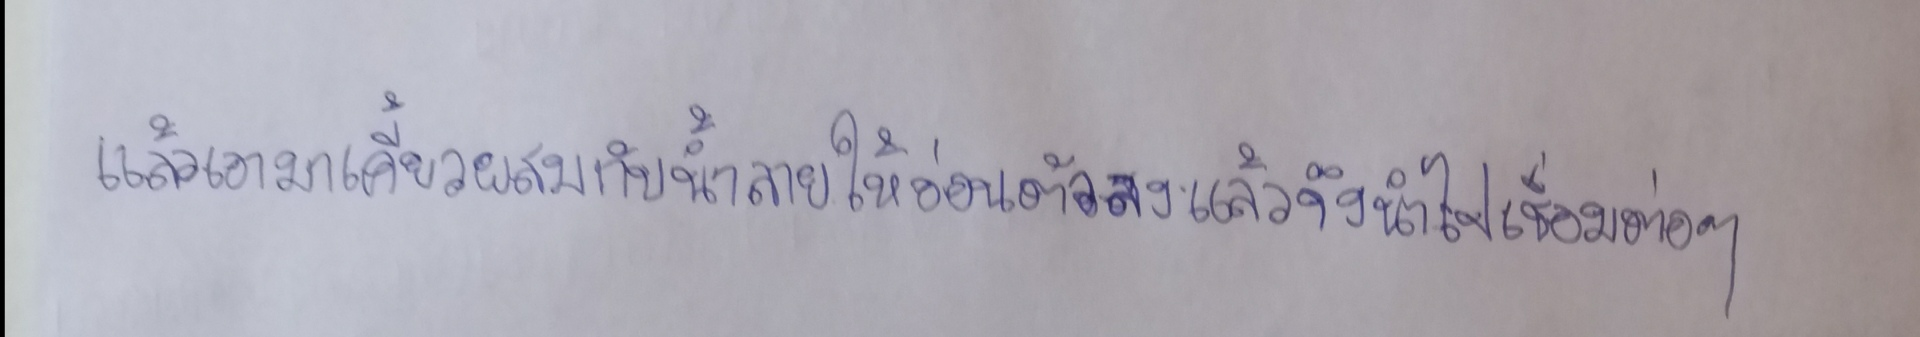
แล้วเอามาเคี้ยวผสมกับน้ำลายให้อ่อนตัวลงแล้วจึงนำไปเชื่อมต่อๆ